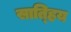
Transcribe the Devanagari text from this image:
सात्हिय